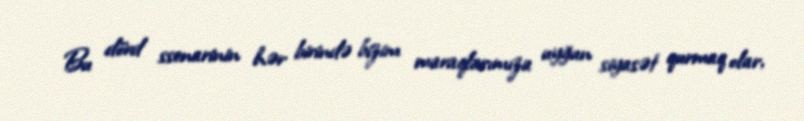
Bu dörd ssenarinin hər birində bizim maraqlarımıza uyğun siyasət qurmaq olar,